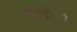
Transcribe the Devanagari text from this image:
कानोजी